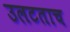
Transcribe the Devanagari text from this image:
उलटताच